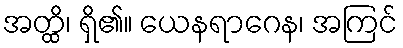
အတ္ထိ၊ ရှိ၏။ ယေနရာဂေန၊ အကြင်